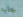
جلبه